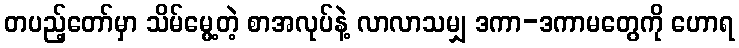
တပည့်တော်မှာ သိမ်မွေ့တဲ့ စာအလုပ်နဲ့ လာလာသမျှ ဒကာ-ဒကာမတွေကို ဟောရ